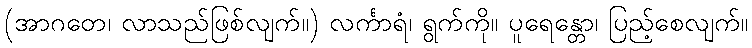
(အာဂတေ၊ လာသည်ဖြစ်လျက်။) လင်္ကာရံ၊ ရွက်ကို။ ပူရေန္တော၊ ပြည့်စေလျက်။